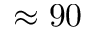
\approx 9 0